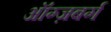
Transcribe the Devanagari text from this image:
ऑग्ज़बर्ग